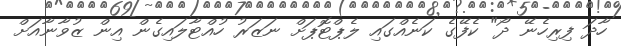
ހާދަ ފިރިހެނޭ ދޯ" ކެފޭގެ ކަނެއްގައި ލެޕްޓޮޕަށް ނަޒަރު ހުއްޓާލައިގެން އިން ޒުވާނާއަށް